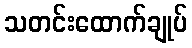
သတင်းထောက်ချုပ်